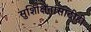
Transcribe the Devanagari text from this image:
सुशिक्षितांसाठीही